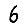
Digit: 6